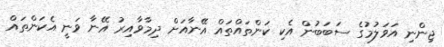
ޖިންނި އަވަލުމުގެ ސަބަބުން އެކި ކަންތައްތައް އޭނާއަށް ދިމާވާއިރު އޭނާ ވަނީ އެކަންތައް